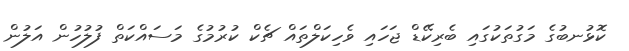
ކޮޅުނބުގެ މަގުތަކުގައި ބެރިކޭޑް ޖަހައި ވެހިކަލްތައް ޗެކް ކުރުމުގެ މަސައްކަތް ފުލުހުން އަލުން